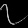
Digit: ၇